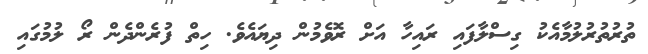
ތުރުތުރުލުމާއެކު ގިސްލާފައި ރައިހާ އަށް ރޮވެމުން ދިޔައެވެ. ހިތް ފުރެންދެން ރޯ ލުމުގައި